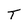
Character: T